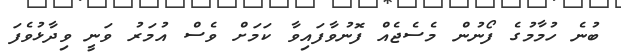
ބުނެ ހުމާމުގެ ފޯނުން މެސެޖެއް ފޮނުވާފައިވާ ކަމަށް ވެސް އުމަރު ވަނީ ވިދާޅުވެފަ